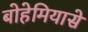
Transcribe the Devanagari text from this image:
बोहेमियासे